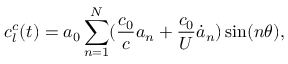
c _ { l } ^ { c } ( t ) = a _ { 0 } \sum _ { n = 1 } ^ { N } ( \frac { c _ { 0 } } { c } a _ { n } + \frac { c _ { 0 } } { U } { \dot { a } _ { n } } ) \sin ( n \theta ) ,